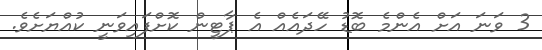
3 ވަނަ އަށް އެންމެ ބޮޑު ހޭދައެއް އެ ޕާޓީން ކޮށްފައިވަނީ ކުއްޔަށެވެ.